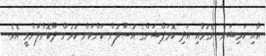
އާއި ކަމިޝަން ނެގުމާއި އަދި ކޮރަޕްޝަންގެ އުސޫލުން ކަންކަން ކުރުން ދޫކޮށްލަންވީ އެވެ.